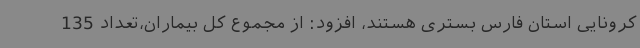
کرونایی استان فارس بستری هستند، افزود: از مجموع کل بیماران،تعداد 135